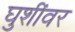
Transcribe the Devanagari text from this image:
घुशींवर